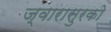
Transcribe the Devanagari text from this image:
ज्वारासुरको